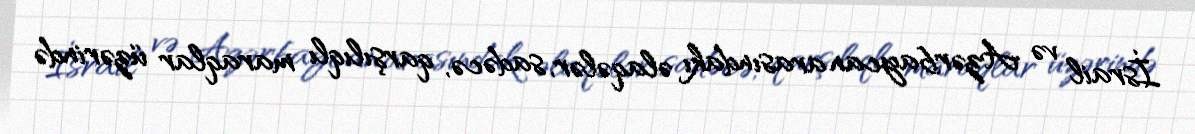
İsrail və Azərbaycan arasındakı əlaqələr, sadəcə, qarşılıqlı maraqlar üzərində